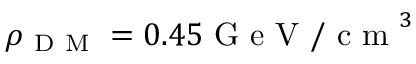
\rho _ { \mathrm { ~ D ~ M ~ } } = 0 . 4 5 \mathrm { ~ G ~ e ~ V ~ / ~ c ~ m ~ } ^ { 3 }